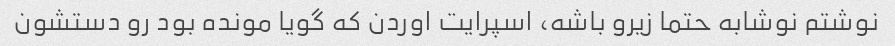
نوشتم نوشابه حتما زیرو باشه، اسپرایت اوردن که گویا مونده بود رو دستشون